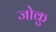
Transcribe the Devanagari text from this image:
जोकु